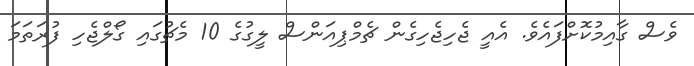
ވެސް ގާއިމުކޮށްފައެވެ. އެއީ ޖެހިޖެހިގެން ޗެމްޕިއަންސް ލީގުގެ 10 މެޗުގައި ގޯލްޖެހި ފުރަތަމަ